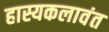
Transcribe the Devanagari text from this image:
हास्यकलावंत